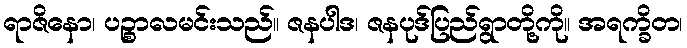
ရာဇိနော၊ ပဉ္စာလမင်းသည်။ ဇနပါဒ၊ ဇနပုဒ်ပြည်ရွာတို့ကို။ အရက္ခိတ၊